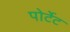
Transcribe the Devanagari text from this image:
पोर्टेट